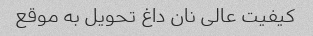
کیفیت عالی نان داغ تحویل به موقع